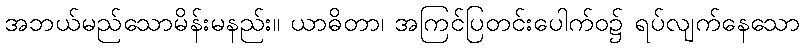
အဘယ်မည်သောမိန်းမနည်း။ ယာဓိတာ၊ အကြင်ပြတင်းပေါက်ဝ၌ ရပ်လျက်နေသော